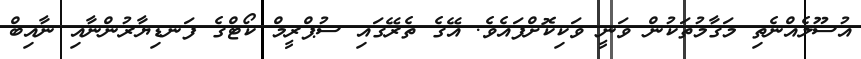
އުސޫލެއްނެތި މަގާމުތަކުން ވަނީ ވަކިކޮށްފައެވެ. އޭގެ ތެރޭގައި ސުޕްރީމް ކޯޓްގެ ފަނޑިޔާރުންނާއި ނާއިބް